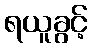
ရယူခွင့်